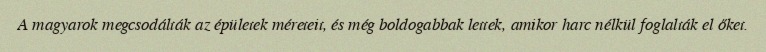
A magyarok megcsodálták az épületek méreteit, és még boldogabbak lettek, amikor harc nélkül foglalták el őket.